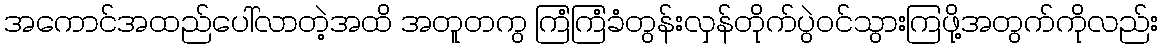
အကောင်အထည်ပေါ်လာတဲ့အထိ အတူတကွ ကြံကြံခံတွန်းလှန်တိုက်ပွဲဝင်သွားကြဖို့အတွက်ကိုလည်း